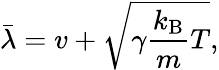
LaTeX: \bar{\lambda}=v+\sqrt{\gamma\frac{k_{\mathrm{B}}}{m}T},